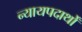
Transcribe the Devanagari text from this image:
न्यायपदार्थों